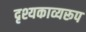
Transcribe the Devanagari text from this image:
दृश्यकाव्यरूप